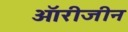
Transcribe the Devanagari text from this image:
ऑरीजीन